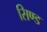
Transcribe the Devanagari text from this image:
सिण्ड